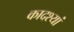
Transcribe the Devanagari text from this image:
कादश्यां